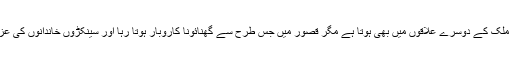
انسانیت کو شرما دینے والے جرائم کا ارتکاب ملک کے دوسرے علاقوں میں بھی ہوتا ہے مگر قصور میں جس طرح سے گھنائونا کاروبار ہوتا رہا اور سینکڑوں خاندانوں کی عزت خاک میں ملائی گئی اسکی مثال نہیں ملتی۔